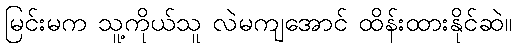
မြင်းမက သူ့ကိုယ်သူ လဲမကျအောင် ထိန်းထားနိုင်ဆဲ။